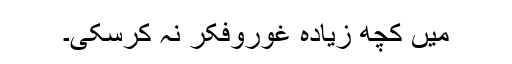
میں کچھ زیادہ غوروفکر نہ کرسکی۔